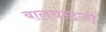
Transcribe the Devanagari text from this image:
बालचन्द्रजी